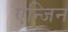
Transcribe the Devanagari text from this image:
एन्जिन